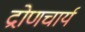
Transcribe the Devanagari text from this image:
द्रोणचार्य